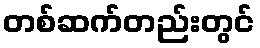
တစ်ဆက်တည်းတွင်